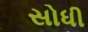
સોધી